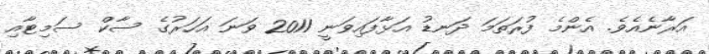
އަރާނެއެވެ. އެންމެ ފުރަތަމަ ދަނޑު އަޅާފައިވަނީ 2011 ވަނަ އަހަރުގެ ސާކް ސަމިޓާއި